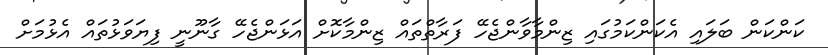
ކަންކަން ބަލައި އެކަންކަމުގައި ޒިންމާވާންޖެހޭ ފަރާތްތައް ޒިންމާކޮށް އަޅަންޖެހޭ ގާނޫނީ ފިޔަވަޅުތައް އެޅުމަށް